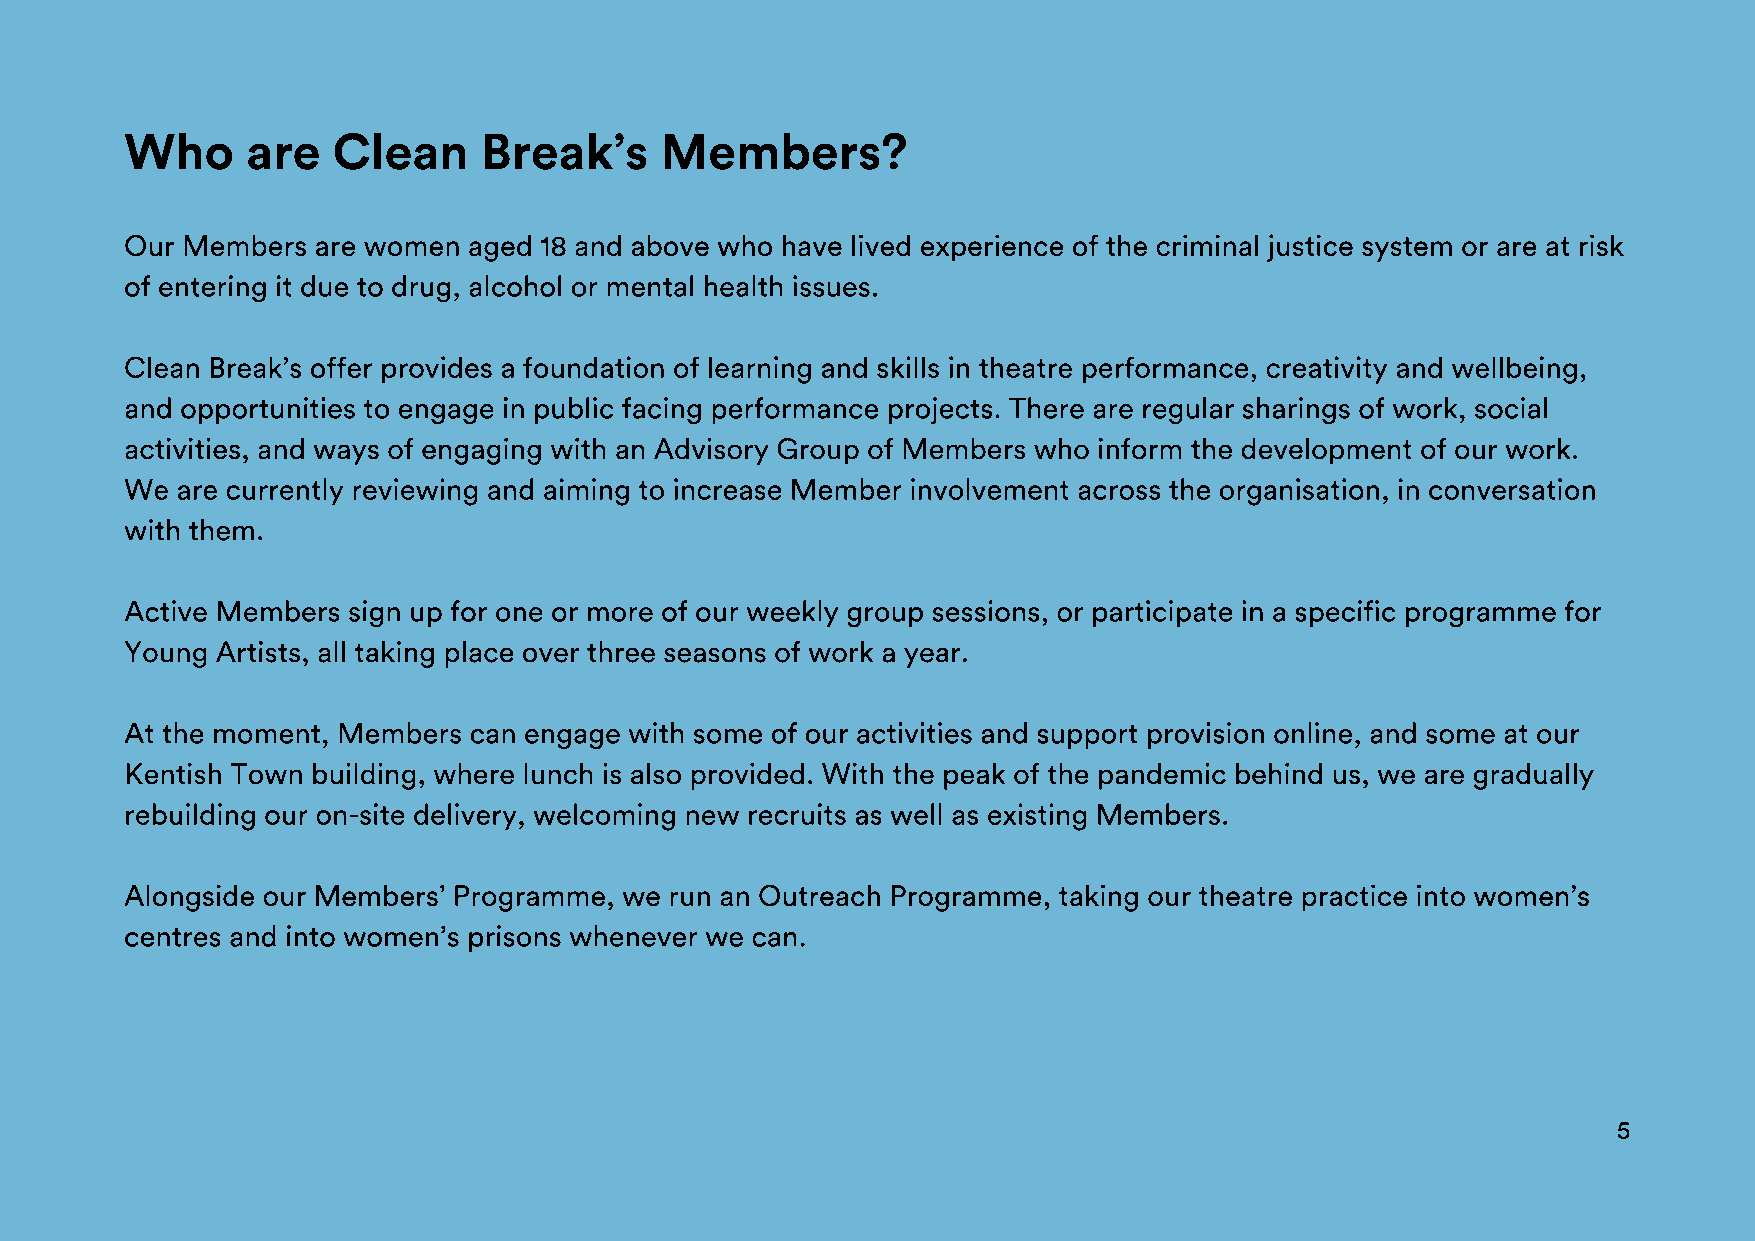
Who     are   Clean     Break’s     Members?
 Our Members  are women aged 18 and above who have lived experience of the criminal justice system or are at risk
 of entering it due to drug, alcohol or mental health issues.
 Clean Break’s offer provides a foundation of learning and skills in theatre performance, creativity and wellbeing,
 and opportunities to engage in public facing performance projects. There are regular sharings of work, social
 activities, and ways of engaging with an Advisory Group of Members who inform the development of our work.
 We  are currently reviewing and aiming to increase Member involvement across the organisation, in conversation
 with them.
 Active Members sign up for one or more of our weekly group sessions, or participate in a specific programme for
 Young Artists, all taking place over three seasons of work a year.
 At the moment, Members can engage with some of our activities and support provision online, and some at our
 Kentish Town building, where lunch is also provided. With the peak of the pandemic behind us, we are gradually
 rebuilding our on-site delivery, welcoming new recruits as well as existing Members.
 Alongside our Members’ Programme, we run an Outreach Programme, taking our theatre practice into women’s
 centres and into women’s prisons whenever we can.
 5